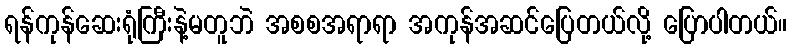
ရန်ကုန်ဆေးရုံကြီးနဲ့မတူဘဲ အစစအရာရာ အကုန်အဆင်ပြေတယ်လို့ ပြောပါတယ်။